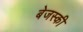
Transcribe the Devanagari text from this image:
बेजस्की